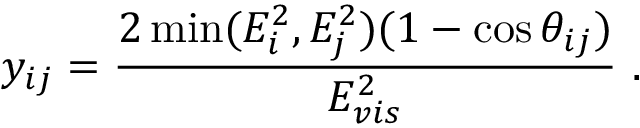
y _ { i j } = \frac { 2 \operatorname * { m i n } ( E _ { i } ^ { 2 } , E _ { j } ^ { 2 } ) ( 1 - \cos \theta _ { i j } ) } { E _ { v i s } ^ { 2 } } \, \, .